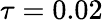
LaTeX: \tau=0.02